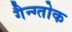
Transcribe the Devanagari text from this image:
गैन्ग्तोक